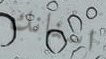
اسنانك